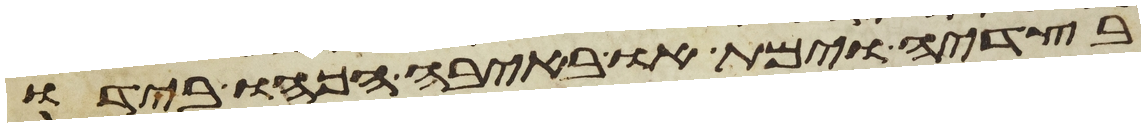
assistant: בצדיה וימת או באיבה הכהו בידו